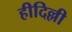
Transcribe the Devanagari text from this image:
हीदिल्ली